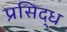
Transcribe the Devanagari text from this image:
प्रसिद्‍ध